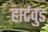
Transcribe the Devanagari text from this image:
हार्टवुड